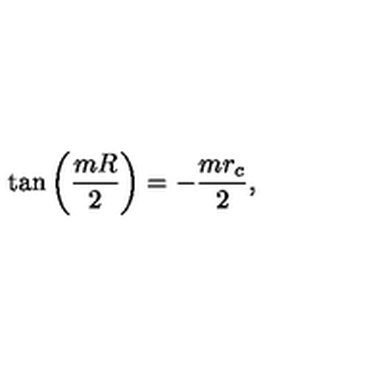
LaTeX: \tan \left( \frac { m R } { 2 } \right) = - \frac { m r _ { c } } { 2 } ,